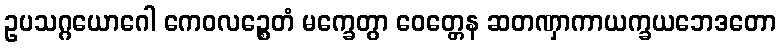
ဥပသဂ္ဂယောဂေါ ကေဝလဉ္စေတံ မက္ခေတွာ ဝေတ္တေန ဆတဏှာကာယက္ခယဘေဒတော